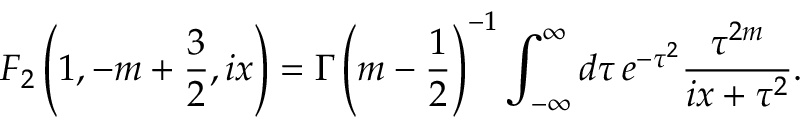
F _ { 2 } \left( 1 , - m + { \frac { 3 } { 2 } } , i x \right) = \Gamma \left( m - { \frac { 1 } { 2 } } \right) ^ { - 1 } \int _ { - \infty } ^ { \infty } d \tau \, e ^ { - \tau ^ { 2 } } { \frac { \tau ^ { 2 m } } { i x + \tau ^ { 2 } } } .